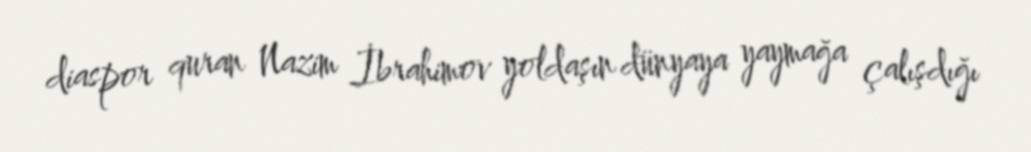
diaspor quran Nazim İbrahimov yoldaşın dünyaya yaymağa çalışdığı